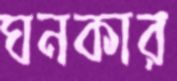
ঘনকার